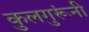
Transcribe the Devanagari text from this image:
कुलगुरूंनी